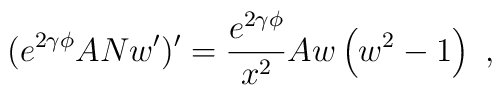
(e^{2 \gamma \phi } ANw')' = \frac{e^{2 \gamma \phi }}{x^2} A w \left( w^2-1 \right)\ ,